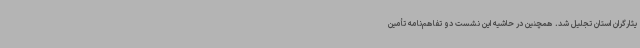
یثارگران استان تجلیل شد. همچنین در حاشیه این نشست دو تفاهم‌نامه تأمین